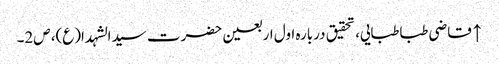
↑ قاضی طباطبایی، تحقیق دربارہ اول اربعین حضرت سیدالشہدا(ع)، ص2۔